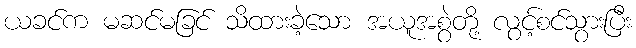
ယခင်က မဆင်မခြင် သိထားခဲ့သော အယူအစွဲတို့ လွင့်စင်သွားပြီး